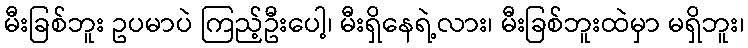
မီးခြစ်ဘူး ဥပမာပဲ ကြည့်ဦးပေါ့၊ မီးရှိနေရဲ့လား၊ မီးခြစ်ဘူးထဲမှာ မရှိဘူး၊